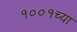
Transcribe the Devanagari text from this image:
१००१च्या